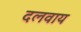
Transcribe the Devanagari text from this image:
दलवाय